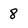
Character: 8